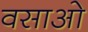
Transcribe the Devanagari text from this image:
वसाओ